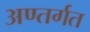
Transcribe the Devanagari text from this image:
अण्तर्गत